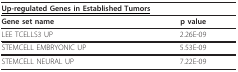
<table><thead><tr><td colspan="2"><b><underline>Up-regulated Genes in Established Tumors</underline></b></td></tr></thead><tbody><tr><td><b>Gene set name</b></td><td><b>p value</b></td></tr><tr><td>LEE TCELLS3 UP</td><td>2.26E-09</td></tr><tr><td>STEMCELL EMBRYONIC UP</td><td>5.53E-09</td></tr><tr><td>STEMCELL NEURAL UP</td><td>7.22E-09</td></tr></tbody></table>